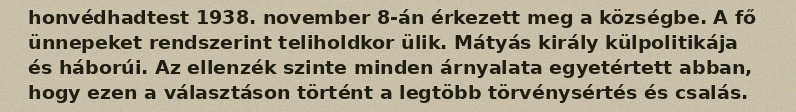
honvédhadtest 1938. november 8-án érkezett meg a községbe. A fő ünnepeket rendszerint teliholdkor ülik. Mátyás király külpolitikája és háborúi. Az ellenzék szinte minden árnyalata egyetértett abban, hogy ezen a választáson történt a legtöbb törvénysértés és csalás.